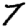
Digit: 7